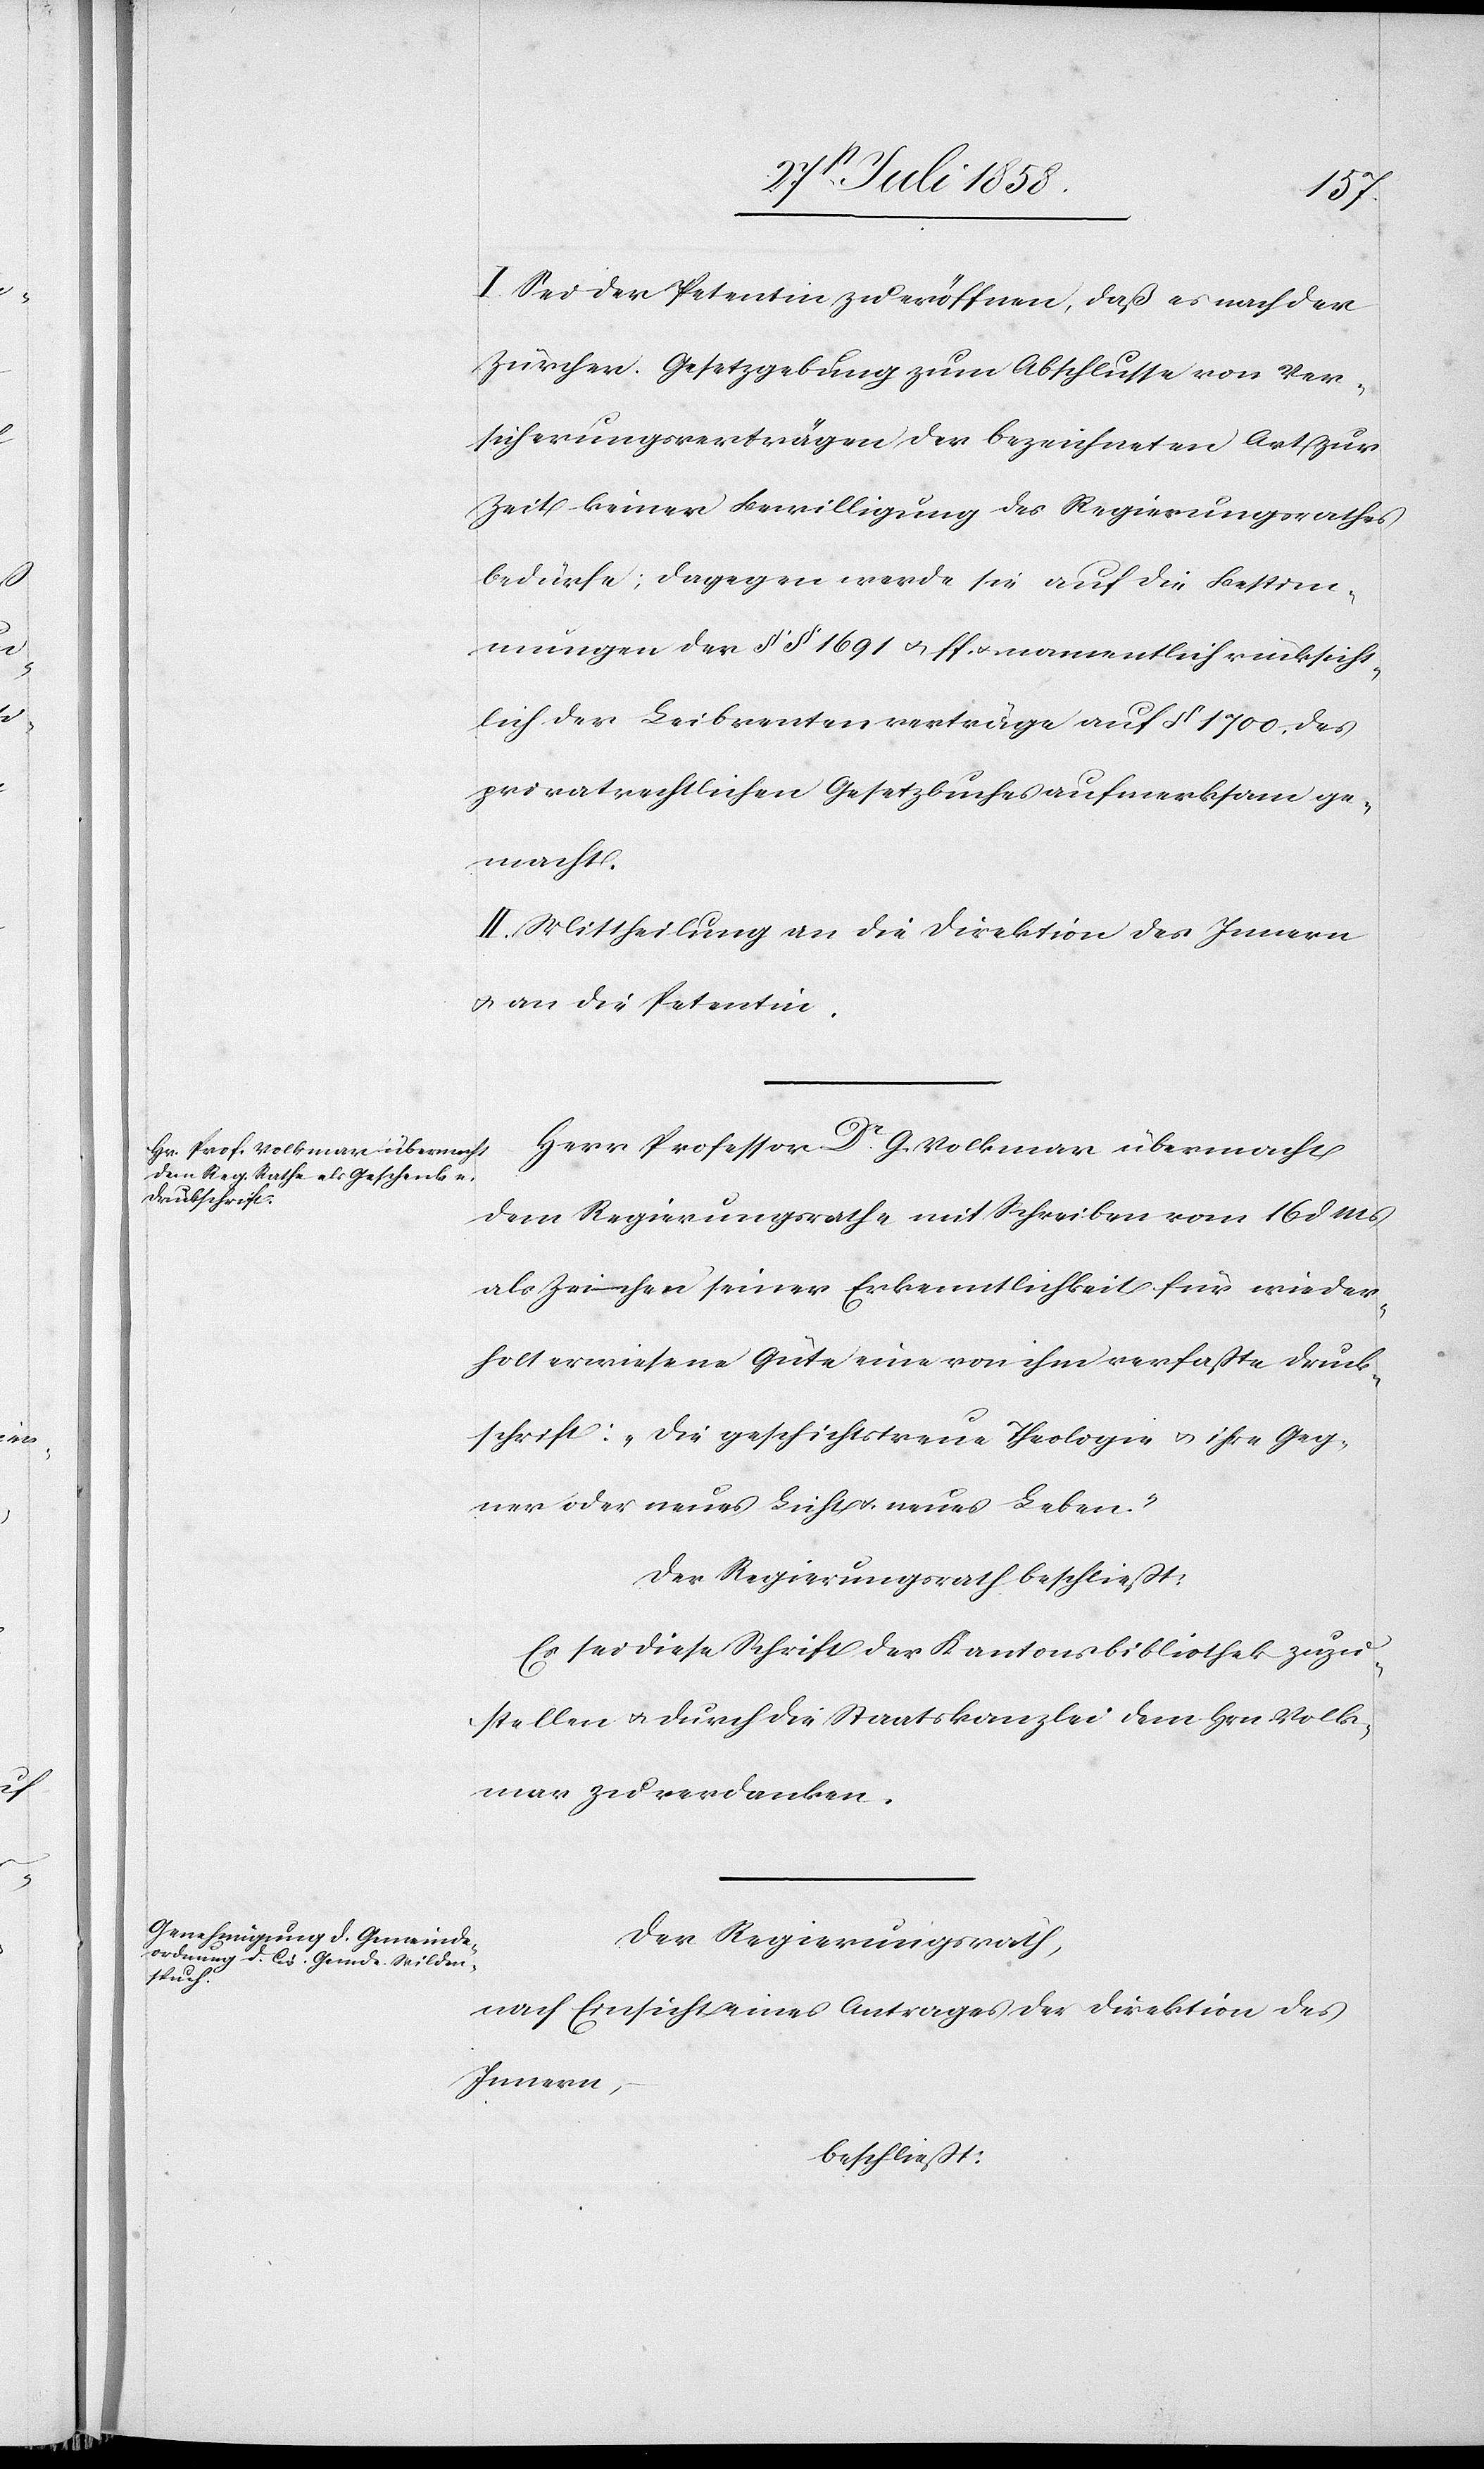
I. Sei der Petentin zu eröffnen, daß es nach der
Zürcher. Gesetzgebung zum Abschlusse von Ver¬
sicherungsverträgen der bezeichneten Art zur
Zeit keiner Bewilligung des Regierungsrathes
bedürfe; dagegen werde sie auf die Bestim¬
mungen der §§ 1691 & ff. & namentlich rücksicht¬
lich der Leibrentenverträge auf § 1700. des
privatrechtlichen Gesetzbuches aufmerksam ge¬
macht.
II. Mittheilung an die Direktion des Innern
& an die Petentin.
Herr Professor Dr. G. Volkmar übermacht
dem Regierungsrathe mit Schreiben vom 16 d.
als Zeichen seiner Erkenntlichkeit für wieder¬
holt erwiesene Güte eine von ihm verfaßte Druck¬
schrift: „Die geschichtstreue Theologie & ihre Geg¬
ner oder neues Licht & neues Leben.“
Der Regierungsrath beschließt:
Es sei diese Schrift der Kantonsbibliothek zuzu¬
stellen & durch die Staatskanzlei dem Hrn. Volk¬
mar zu verdanken.
Der Regierungsrath,
nach Einsicht eines Antrages der Direktion des
Innern,
beschließt: